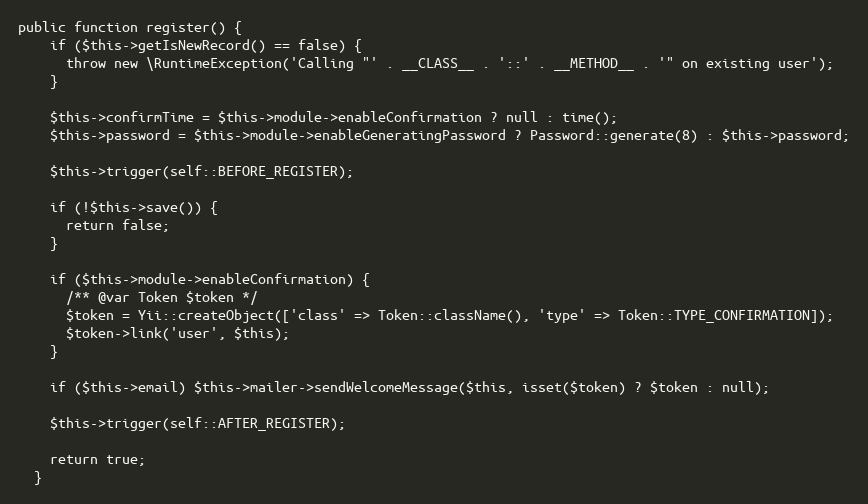
Language: PHP
public function register() {
    if ($this->getIsNewRecord() == false) {
      throw new \RuntimeException('Calling "' . __CLASS__ . '::' . __METHOD__ . '" on existing user');
    }

    $this->confirmTime = $this->module->enableConfirmation ? null : time();
    $this->password = $this->module->enableGeneratingPassword ? Password::generate(8) : $this->password;

    $this->trigger(self::BEFORE_REGISTER);

    if (!$this->save()) {
      return false;
    }

    if ($this->module->enableConfirmation) {
      /** @var Token $token */
      $token = Yii::createObject(['class' => Token::className(), 'type' => Token::TYPE_CONFIRMATION]);
      $token->link('user', $this);
    }

    if ($this->email) $this->mailer->sendWelcomeMessage($this, isset($token) ? $token : null);

    $this->trigger(self::AFTER_REGISTER);

    return true;
  }